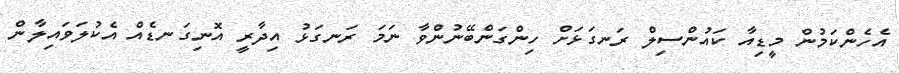
އެހެންކަމުން މީޑިއާ ކައުންސިލް ރަނގަޅަށް ހިންގަންބޭނުންވާ ނަމަ ރަނގަޅު އިދާރީ އޮނިގަނޑެއް އެކުލަވައިލާން